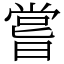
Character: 嘗